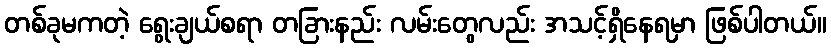
တစ်ခုမကတဲ့ ရွေးချယ်စရာ တခြားနည်း လမ်းတွေလည်း အသင့်ရှိနေရမှာ ဖြစ်ပါတယ်။